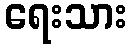
ရေးသား